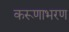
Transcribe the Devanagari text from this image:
करूणाभरण